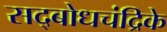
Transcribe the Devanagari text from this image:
सद्बोधचंद्रिके